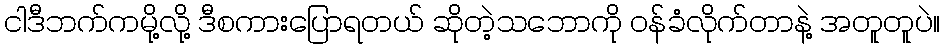
ငါဒီဘက်ကမို့လို့ ဒီစကားပြောရတယ် ဆိုတဲ့သဘောကို ဝန်ခံလိုက်တာနဲ့ အတူတူပဲ။